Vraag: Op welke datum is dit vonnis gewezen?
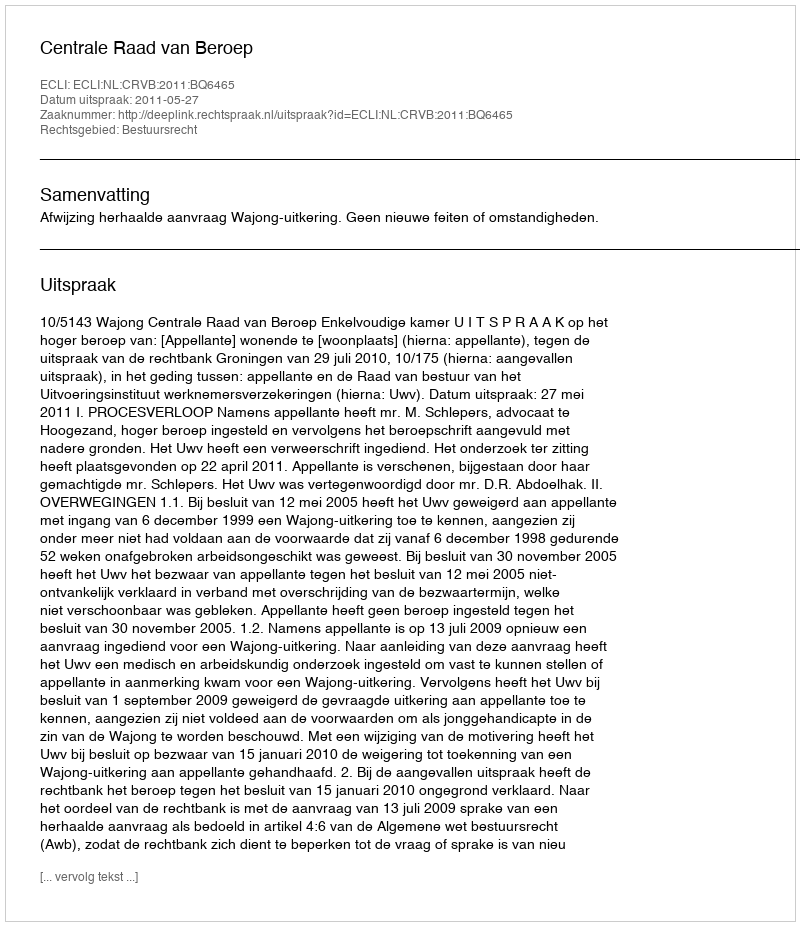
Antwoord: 2011-05-27